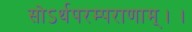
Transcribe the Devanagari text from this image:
सोऽर्थपरम्पराणाम्।।